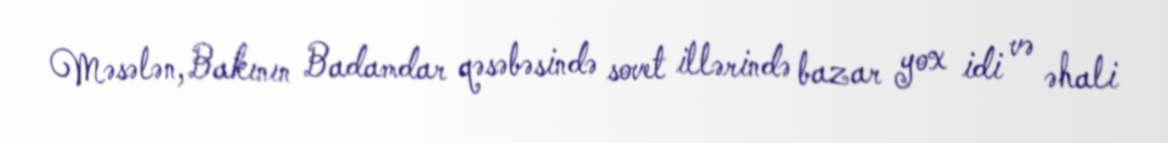
Məsələn, Bakının Badamdar qəsəbəsində sovet illərində bazar yox idi və əhali